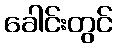
ခေါင်းတွင်